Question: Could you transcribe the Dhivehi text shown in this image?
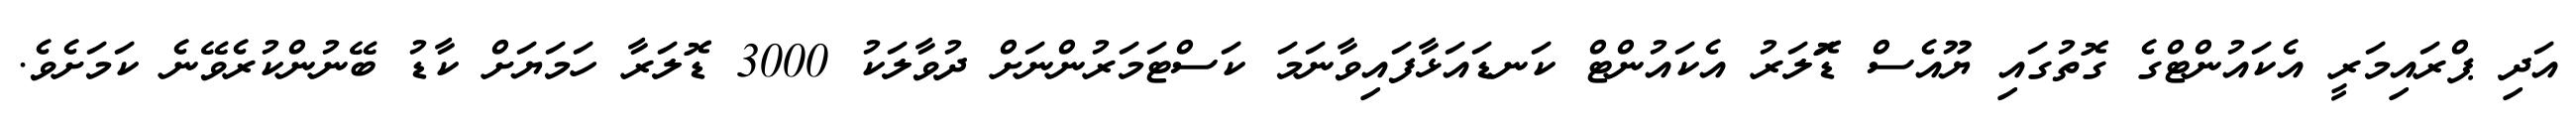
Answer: އަދި ޕްރައިމަރީ އެކައުންޓްގެ ގޮތުގައި ޔޫއެސް ޑޮަލަރު އެކައުންޓް ކަނޑައަޅާފައިވާނަމަ ކަސްޓަމަރުންނަށް ދުވާލަކު 3000 ޑޮލަރާ ހަމަޔަށް ކާޑު ބޭނުންކުރެވޭނެ ކަމަށެވެ.